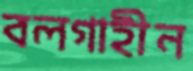
বলগাহীন